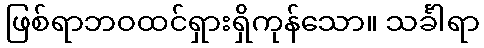
ဖြစ်ရာဘဝထင်ရှားရှိကုန်သော။ သင်္ခါရာ